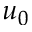
u _ { 0 }